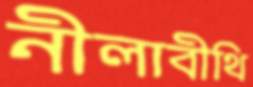
নীলাবীথি